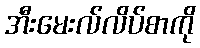
အီးမေးလ်လိပ်စာကို